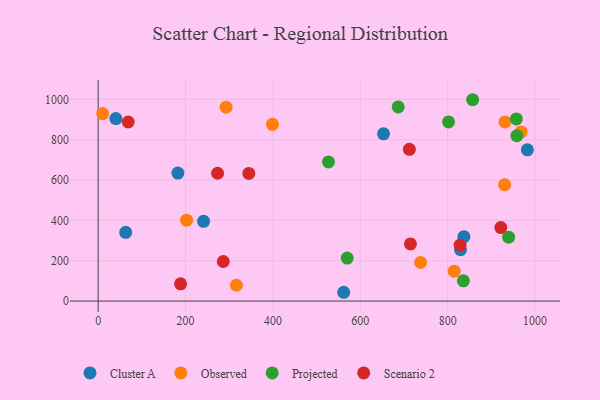
{"axis": {"x": "Price", "y": "Yield"}, "legend": ["Cluster A", "Observed", "Projected", "Scenario 2"], "data": [{"x": "562.1", "y": 43.5, "type": "Cluster A"}, {"x": "653.2", "y": 829.2, "type": "Cluster A"}, {"x": "182.5", "y": 634.5, "type": "Cluster A"}, {"x": "40.5", "y": 904.8, "type": "Cluster A"}, {"x": "829.4", "y": 254.5, "type": "Cluster A"}, {"x": "241.3", "y": 395.4, "type": "Cluster A"}, {"x": "63.0", "y": 340.7, "type": "Cluster A"}, {"x": "982.5", "y": 749.6, "type": "Cluster A"}, {"x": "837.2", "y": 319.2, "type": "Cluster A"}, {"x": "931.1", "y": 887.9, "type": "Observed"}, {"x": "738.0", "y": 191.2, "type": "Observed"}, {"x": "202.4", "y": 400.7, "type": "Observed"}, {"x": "815.0", "y": 147.9, "type": "Observed"}, {"x": "399.0", "y": 875.9, "type": "Observed"}, {"x": "968.3", "y": 838.6, "type": "Observed"}, {"x": "292.9", "y": 961.1, "type": "Observed"}, {"x": "930.5", "y": 577.1, "type": "Observed"}, {"x": "316.3", "y": 78.3, "type": "Observed"}, {"x": "10.2", "y": 929.3, "type": "Observed"}, {"x": "958.4", "y": 819.4, "type": "Projected"}, {"x": "939.6", "y": 316.8, "type": "Projected"}, {"x": "686.8", "y": 962.4, "type": "Projected"}, {"x": "527.2", "y": 689.7, "type": "Projected"}, {"x": "957.3", "y": 902.6, "type": "Projected"}, {"x": "802.1", "y": 888.0, "type": "Projected"}, {"x": "570.1", "y": 213.2, "type": "Projected"}, {"x": "857.2", "y": 998.0, "type": "Projected"}, {"x": "836.0", "y": 100.1, "type": "Projected"}, {"x": "68.8", "y": 887.7, "type": "Scenario 2"}, {"x": "714.8", "y": 283.0, "type": "Scenario 2"}, {"x": "712.4", "y": 752.2, "type": "Scenario 2"}, {"x": "344.9", "y": 632.7, "type": "Scenario 2"}, {"x": "828.5", "y": 277.5, "type": "Scenario 2"}, {"x": "273.4", "y": 633.5, "type": "Scenario 2"}, {"x": "188.7", "y": 85.2, "type": "Scenario 2"}, {"x": "921.7", "y": 364.0, "type": "Scenario 2"}, {"x": "286.3", "y": 196.1, "type": "Scenario 2"}]}